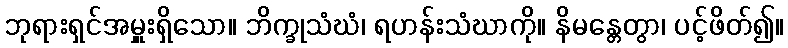
ဘုရားရှင်အမှူးရှိသော။ ဘိက္ခုသံဃံ၊ ရဟန်းသံဃာကို။ နိမန္တေတွာ၊ ပင့်ဖိတ်၍။